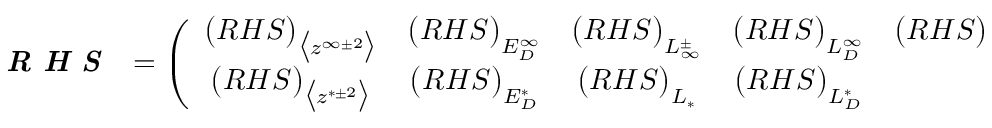
\textbf { \emph { R H S } } = \left( \begin{array} { c c c c c c c c c } { \big ( R H S \big ) _ { \big < z ^ { \infty \pm 2 } \big > } } & { \big ( R H S \big ) _ { E _ { D } ^ { \infty } } } & { \big ( R H S \big ) _ { L _ { \infty } ^ { \pm } } } & { \big ( R H S \big ) _ { L _ { D } ^ { \infty } } } & { \big ( R H S \big ) _ { \big < \rho ^ { \infty 2 } \big > } } & { } \\ { \big ( R H S \big ) _ { \big < z ^ { * \pm 2 } \big > } } & { \big ( R H S \big ) _ { E _ { D } ^ { * } } } & { \big ( R H S \big ) _ { L _ { * } } } & { \big ( R H S \big ) _ { L _ { D } ^ { * } } } \end{array} \right) ^ { T } ,